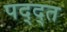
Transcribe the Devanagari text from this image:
पद्द्त